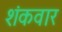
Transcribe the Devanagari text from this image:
शंकवार